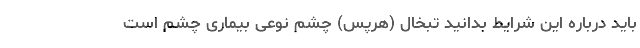
باید درباره این شرایط بدانید تبخال (هرپس) چشم نوعی بیماری چشم است